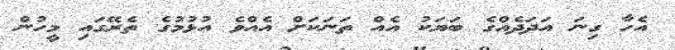
އެހާ ގިނަ އަދަދެއްގެ ބަޔަކު އެއް ތަނަކަށް އެއްވެ އުޅުމުގެ ތެރޭގައި މީހުން